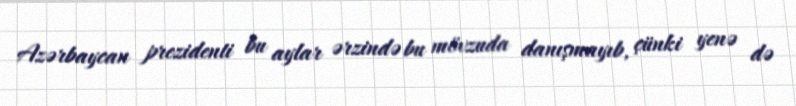
Azərbaycan prezidenti bu aylar ərzində bu mövzuda danışmayıb, çünki yenə də